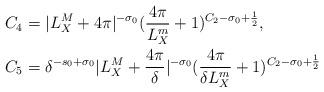
LaTeX: \begin{align*}C_4&=| L_X^M+4\pi |^{-\sigma_0}(\frac{4\pi }{ L^m_X}+1)^{C_2 -\sigma_0 +\frac{1}{2}},\\ C_5&=\delta^{-s_0+\sigma_0}| L_X^M+\frac{4\pi }{\delta} |^{-\sigma_0}(\frac{4\pi }{\delta L^m_X}+1)^{C_2 -\sigma_0 +\frac{1}{2}}\end{align*}